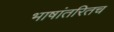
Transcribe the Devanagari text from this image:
भाषांतरितच